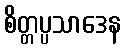
စိတ္တပ္ပသာဒေန